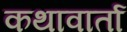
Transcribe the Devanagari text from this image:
कथावार्ता